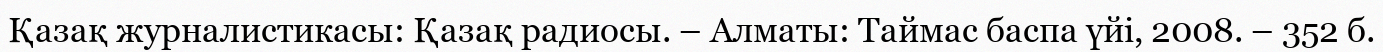
Қазақ журналистикасы: Қазақ радиосы. – Алматы: Таймас баспа үйі, 2008. – 352 б.